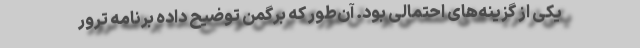
یکی از گزینه‌های احتمالی بود. آن‌طور که برگمن توضیح داده برنامه ترور